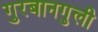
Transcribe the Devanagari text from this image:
गुरबानगुली